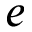
e